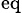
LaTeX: _\textrm{eq}